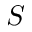
S